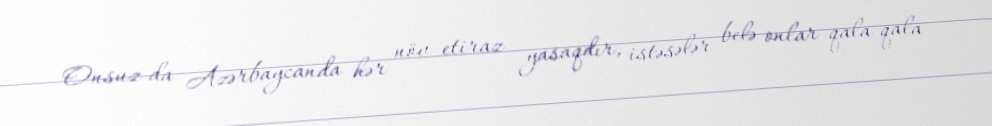
Onsuz da Azərbaycanda hər növ etiraz yasaqdır, istəsələr belə onlar qala-qala